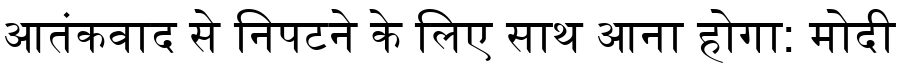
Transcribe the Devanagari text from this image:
आतंकवाद से निपटने के लिए साथ आना होगा: मोदी